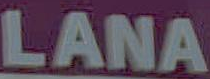
LANA